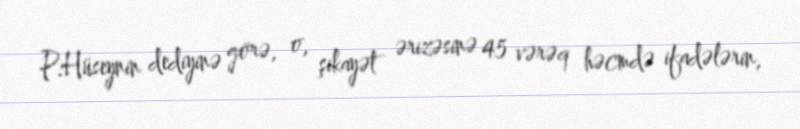
P.Hüseynin dediyinə görə, o, şikayət ərizəsinə 45 vərəq həcmdə ifadələrin,